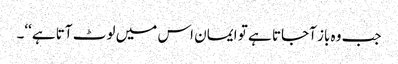
جب وہ باز آجاتا ہے تو ایمان اس میں لوٹ آتا ہے‘‘۔